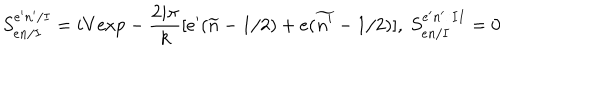
S _ { e n / I } ^ { e ^ { \prime } n ^ { \prime } / I } = i V \mathrm { e x p } - \frac { 2 i \pi } { k } [ e ^ { \prime } ( \widetilde { n } - 1 / 2 ) + e ( \widetilde { n ^ { \prime } } - 1 / 2 ) ] , \ S _ { e n / I } ^ { e ^ { \prime } n ^ { \prime } / I I } = 0